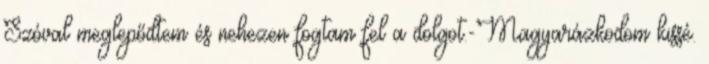
Szóval meglepődtem és nehezen fogtam fel a dolgot.-Magyarázkodom kissé.